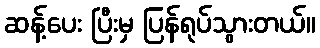
ဆန့်ပေး ပြီးမှ ပြန်ရုပ်သွားတယ်။